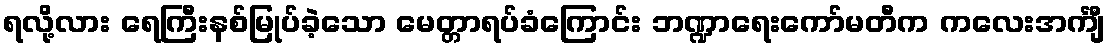
ရလို့လား ရေကြီးနစ်မြုပ်ခဲ့သော မေတ္တာရပ်ခံကြောင်း ဘဏ္ဍာရေးကော်မတီက ကလေးအင်္ကျီ